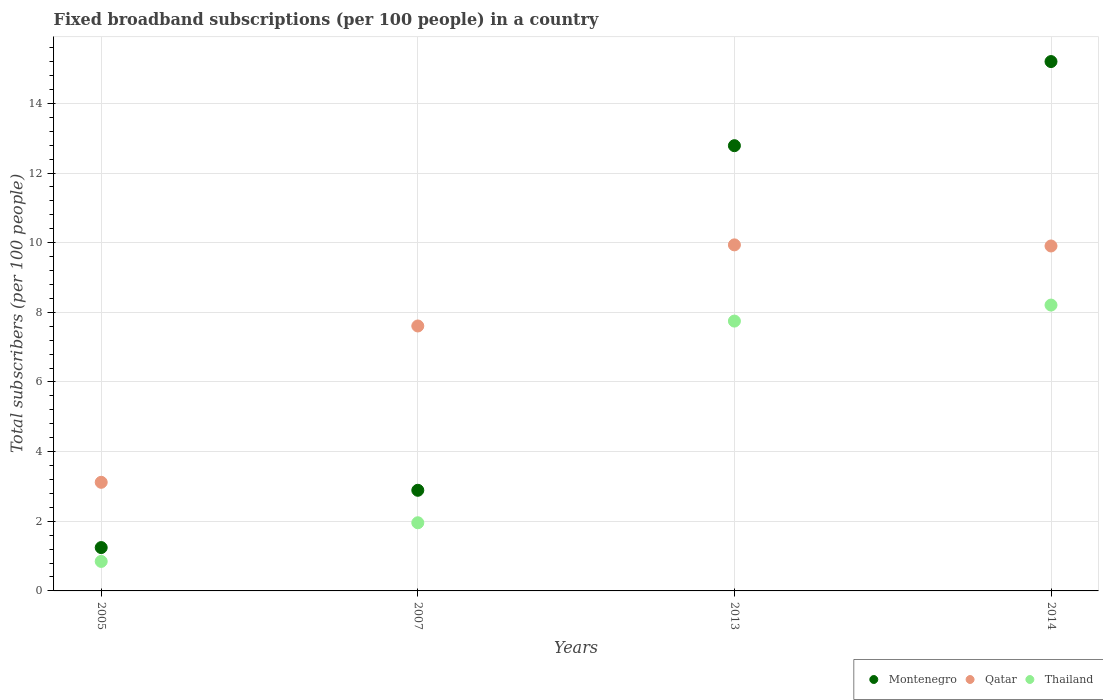
| Years | Montenegro | Qatar | Thailand |
 | --- | --- | --- | --- |
 | 2005 | 1.24 | 3.12 | 0.847 |
 | 2007 | 2.89 | 7.61 | 1.96 |
 | 2013 | 12.8 | 9.94 | 7.75 |
 | 2014 | 15.2 | 9.9 | 8.21 |